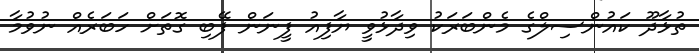
ތުޅާދޫ ކައުންސިލްގެ މެންބަރަކު ވިދާޅުވީ ޔާފިއު ފީނަން ފޭބި ގޮތަށް ހަބަރެއް ނުވުމާ